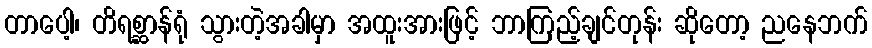
တာပေါ့၊ တိရစ္ဆာန်ရုံ သွားတဲ့အခါမှာ အထူးအားဖြင့် ဘာကြည့်ချင်တုန်း ဆိုတော့ ညနေဘက်